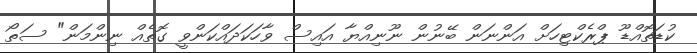
ކުޑަތޮއްޑޫ ޕްރެކްޓިހަށް އަންނަން ބޭނުން ނޫނިއްޔާ އައިސް ވާހަކަދައްކަންވީ ގޮތެއް ނިންމަން" ސަތޯ